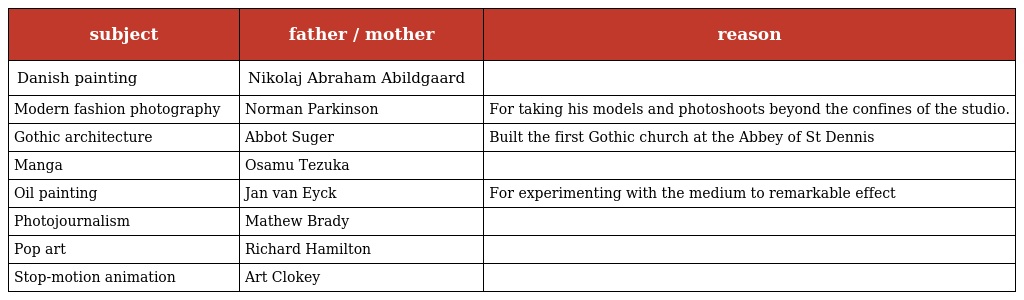
| subject | father / mother | reason |
 | --- | --- | --- |
 | Danish painting | Nikolaj Abraham Abildgaard |  |
 | Modern fashion photography | Norman Parkinson | For taking his models and photoshoots beyond the confines of the studio. |
 | Gothic architecture | Abbot Suger | Built the first Gothic church at the Abbey of St Dennis |
 | Manga | Osamu Tezuka |  |
 | Oil painting | Jan van Eyck | For experimenting with the medium to remarkable effect |
 | Photojournalism | Mathew Brady |  |
 | Pop art | Richard Hamilton |  |
 | Stop-motion animation | Art Clokey |  |